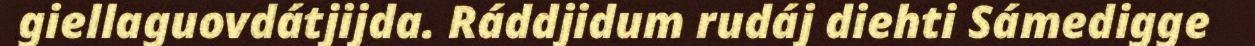
giellaguovdátjijda. Ráddjidum rudáj diehti Sámedigge